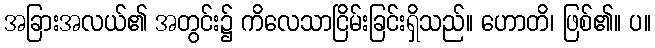
အခြားအလယ်၏ အတွင်း၌ ကိလေသာငြိမ်းခြင်းရှိသည်။ ဟောတိ၊ ဖြစ်၏။ ပ။